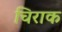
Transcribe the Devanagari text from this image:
चिराक